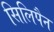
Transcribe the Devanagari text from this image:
सिलिपैन